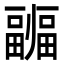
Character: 疈